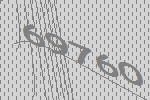
69760